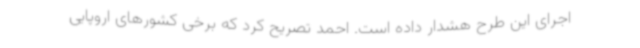
اجرای این طرح هشدار داده است. احمد تصریح کرد که برخی کشورهای اروپایی